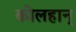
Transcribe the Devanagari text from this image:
कोलहान्